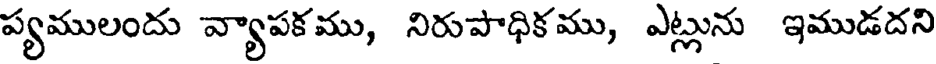
ప్యములందు వ్యాపకము, నిరుపాధికము, ఎట్లును ఇముడదని